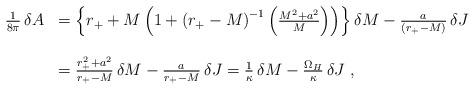
LaTeX: \begin{align*}\begin{array}{ll}{1\over8\pi}\,\delta A&=\left\{r_++M\left(1+{\left(r_+-M\right)}^{-1}\left(M^2+a^2\over M\right)\right)\right\}\delta M-\frac{a}{\left(r_+-M\right)}\,\delta J\\\\&=\frac{r_+^2+a^2}{r_+-M}\,\delta M-\frac{a}{r_+-M}\,\delta J={1\over\kappa}\,\delta M-\frac{\Omega_H}{\kappa}\,\delta J\;,\end{array}\end{align*}